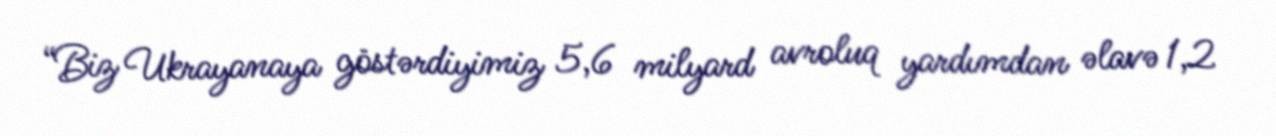
“Biz Ukrayanaya göstərdiyimiz 5,6 milyard avroluq yardımdan əlavə 1,2